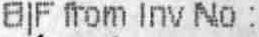
BIF FROM INV NO :